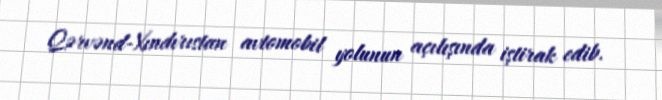
Qərvənd-Xındırıstan avtomobil yolunun açılışında iştirak edib.